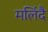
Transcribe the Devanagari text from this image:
मलिंदै